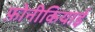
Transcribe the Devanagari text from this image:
फ़ोनीकियाई